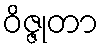
ဝိဇ္ဇုတာ